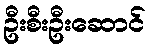
ဦးစီးဦးဆောင်